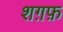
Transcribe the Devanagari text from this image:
शग़फ़